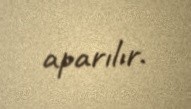
aparılır.